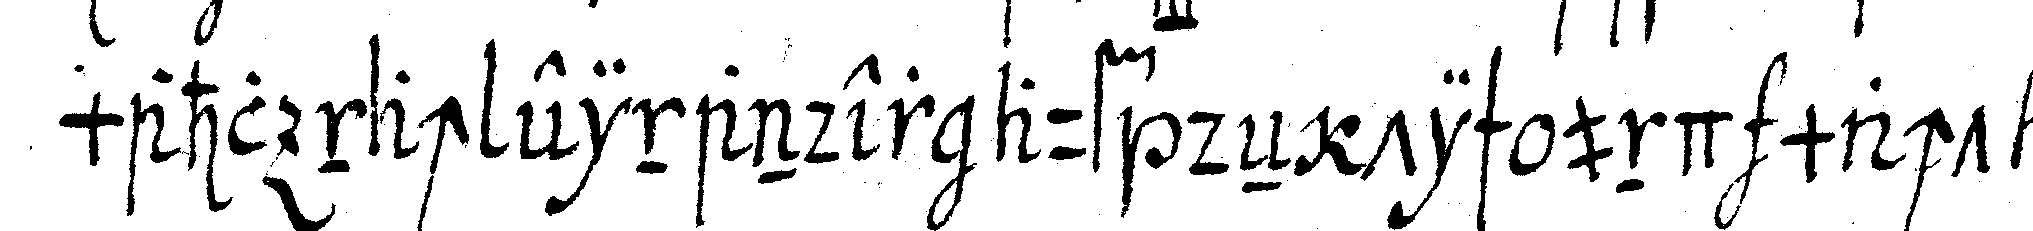
mahl nach einander auf deN tisch und macht